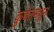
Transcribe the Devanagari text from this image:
कुवेतमधून